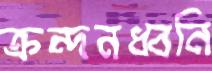
ক্রন্দনধ্বনি